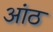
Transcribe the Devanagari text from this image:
आंठ